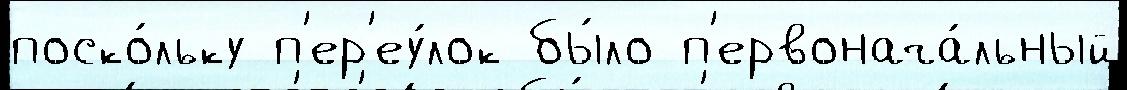
поско́льку п'ер'еу́лок бы́ло п'ервонача́льный